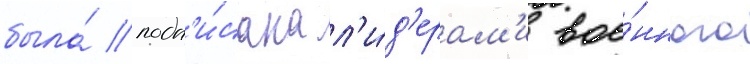
была́ подп'и́сана л'и́д'ерам'и вое́нного